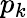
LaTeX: p_{k}